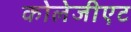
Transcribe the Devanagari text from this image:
कोलेजीएट